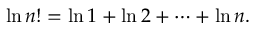
\ln n ! = \ln 1 + \ln 2 + \cdots + \ln n .